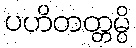
ပဟိတတ္တမ္ပိ